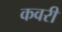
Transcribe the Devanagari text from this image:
कवरी